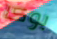
بوكا